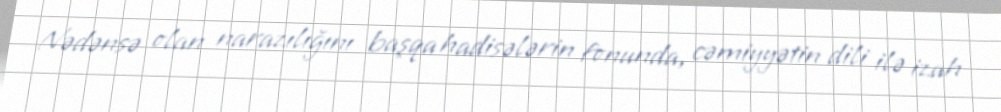
Nədənsə olan narazılığını başqa hadisələrin fonunda, cəmiyyətin dili ilə izah